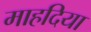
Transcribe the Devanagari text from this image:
माहदिया